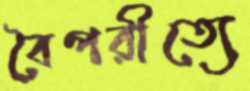
বৈপরীত্যে